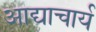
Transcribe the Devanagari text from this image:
आद्याचार्य